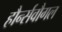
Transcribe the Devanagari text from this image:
हौर्न्सवौगल